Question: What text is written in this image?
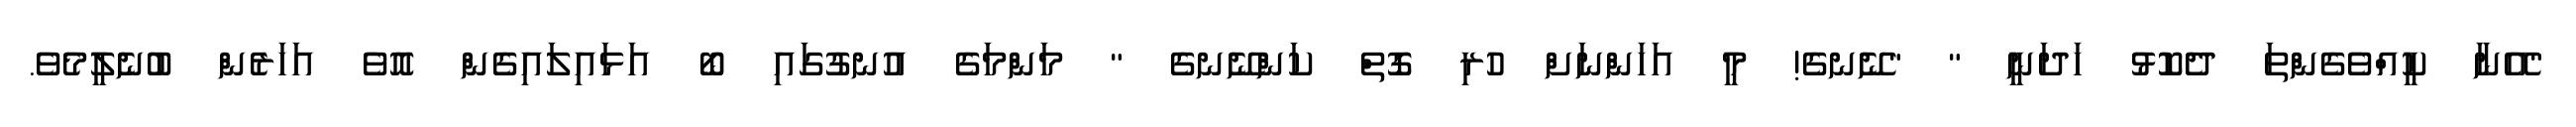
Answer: "އޭނާ ކީއްވެގެންތަ ދެކޮޅު ހަދަނީ " "ނޭނގެ! މީ އަހަންނަށް ހުރި ގޮތް ކަންނޭނގެ " މަންމަގެ އުނގުގައި ބޯ އަޅައިލައިގެން އޮވެ އަހަރެން ބުނެލީމެވެ.